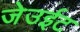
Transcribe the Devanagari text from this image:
जेउईट